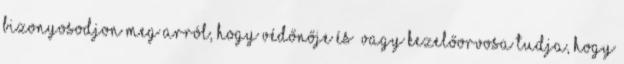
Bizonyosodjon meg arról, hogy védőnője és vagy kezelőorvosa tudja, hogy